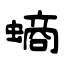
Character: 螪